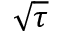
\sqrt { \tau }